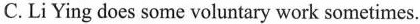
C.LiYing does some voluntary work sometimes.